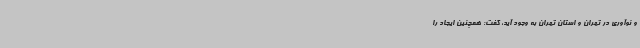
و نوآوری در تهران و استان تهران به وجود آید، گفت: همچنین ایجاد را